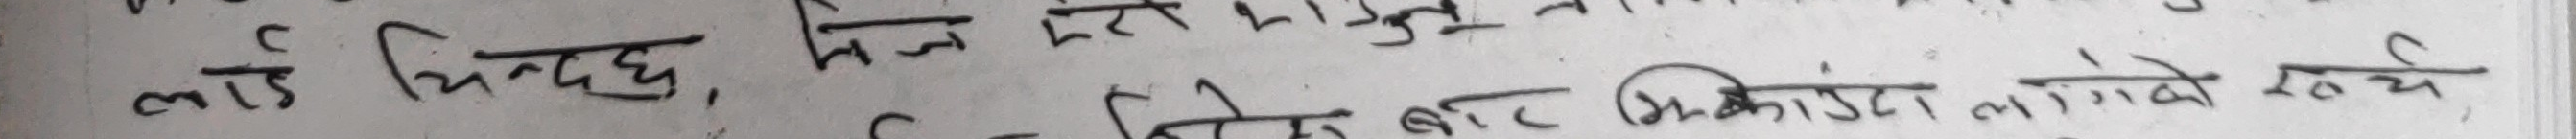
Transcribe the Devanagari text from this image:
लाई चित्दछ, किन पेट लागि लाग्ने रहेछ।